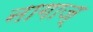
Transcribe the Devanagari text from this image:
नागाज्